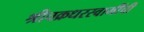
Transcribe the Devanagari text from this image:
श्रीचक्रधरस्वामींची